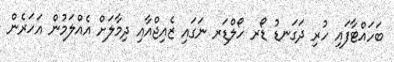
ބަހައްޓާފައި ހުރި ދަގަނޑު ޑޯރ ހޯލްޑަރ ނަގައި ޒެއިޖްއާއި ދިމާލަށް އެއްލަމުން އަހަރެން